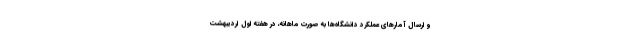
و ارسال آمارهای عملکرد دانشگاه‌ها به صورت ماهانه، در هفته اول اردیبهشت